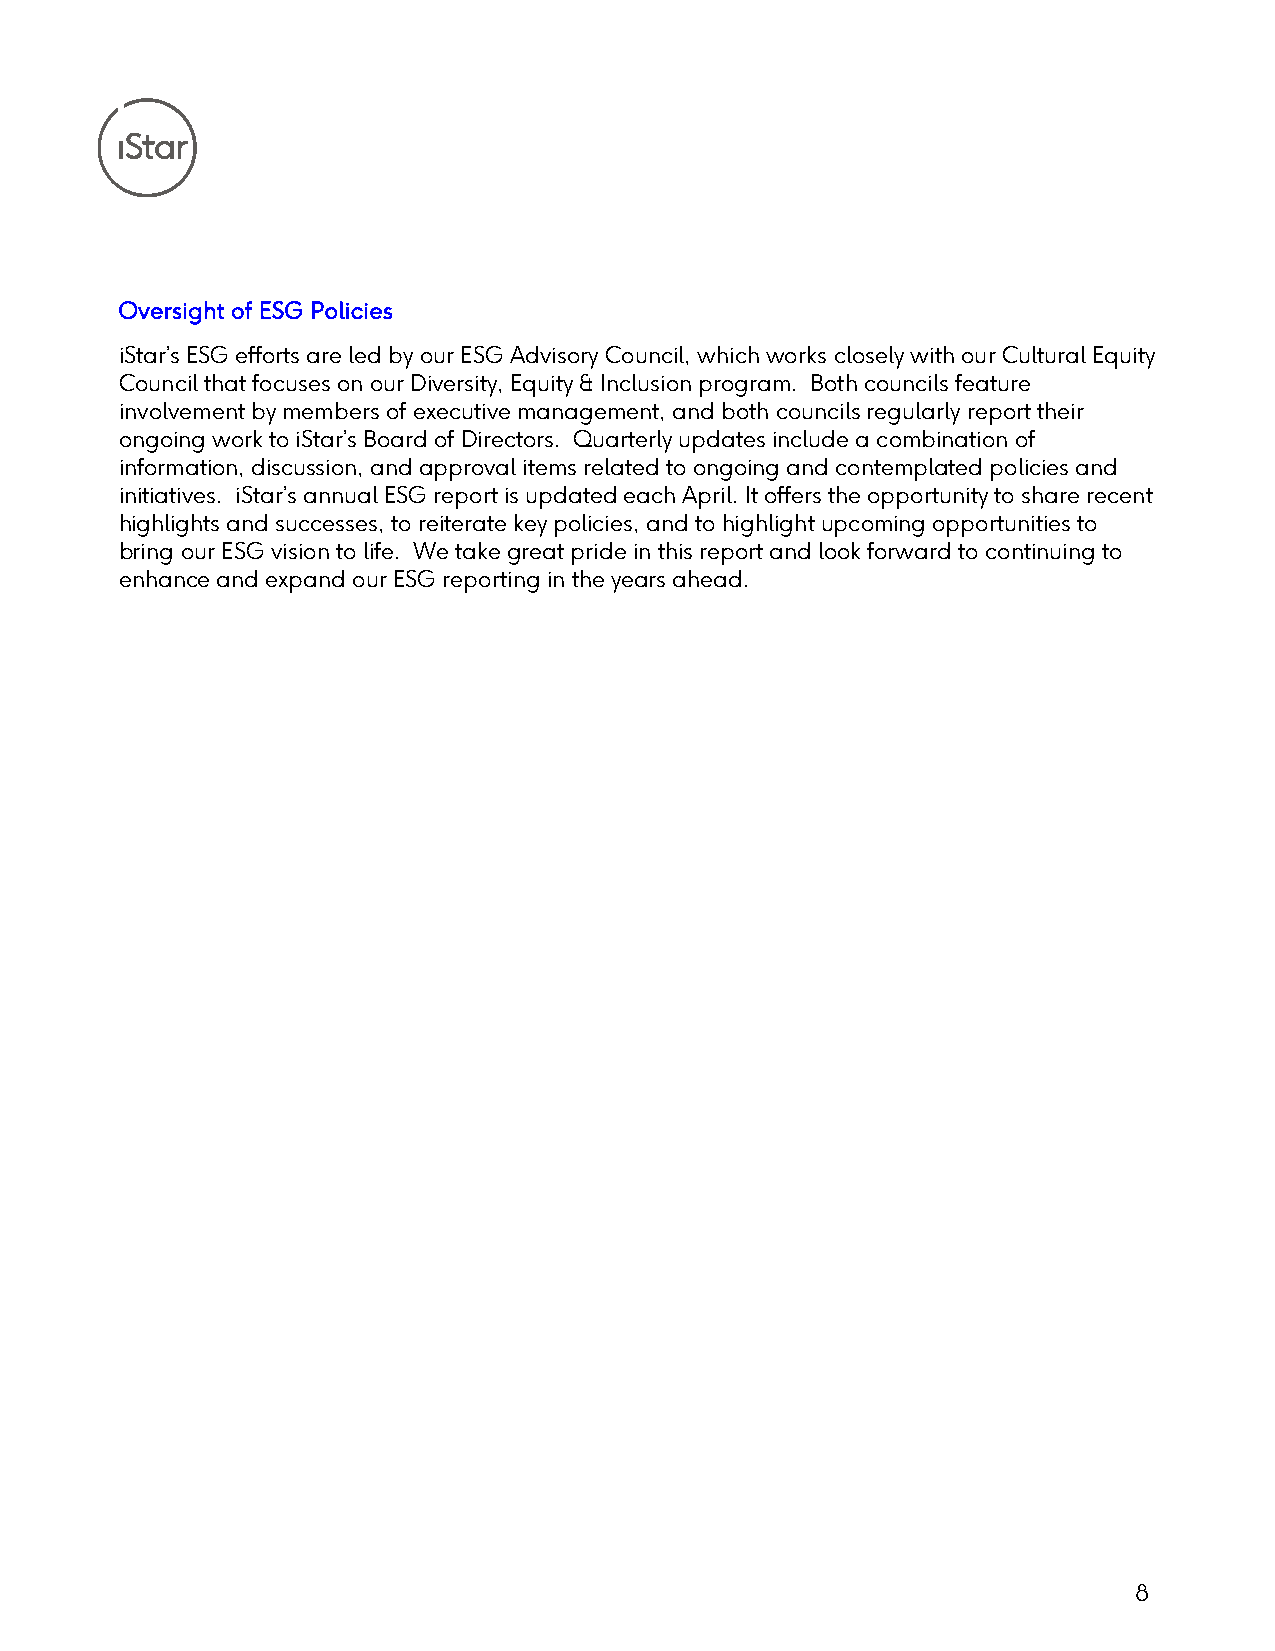
Oversight of ESG Policies
 iStar’s ESG efforts are led by our ESG Advisory Council, which works closely with our Cultural Equity
 Council that focuses on our Diversity, Equity & Inclusion program. Both councils feature
 involvement by members of executive management, and both councils regularly report their
 ongoing work to iStar’s Board of Directors. Quarterly updates include a combination of
 information, discussion, and approval items related to ongoing and contemplated policies and
 initiatives. iStar’s annual ESG report is updated each April. It offers the opportunity to share recent
 highlights and successes, to reiterate key policies, and to highlight upcoming opportunities to
 bring our ESG vision to life. We take great pride in this report and look forward to continuing to
 enhance and expand our ESG reporting in the years ahead.
 8